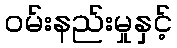
ဝမ်းနည်းမှုနှင့်